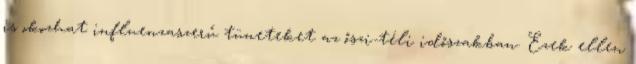
is okozhat influenzaszerű tüneteket az őszi-téli időszakban. Ezek ellen